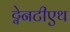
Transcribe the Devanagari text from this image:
ट्वेनटीएथ